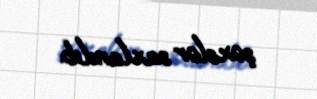
şəxslər saxlanılıb.